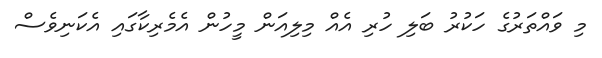
މި ވައްތަރުގެ ހަކުރު ބަލި ހުރި އެއް މިލިއަން މީހުން އެމެރިކާގައި އެކަނިވެސް